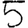
Digit: 5